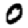
Digit: 0